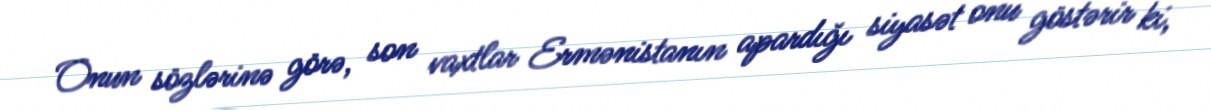
Onun sözlərinə görə, son vaxtlar Ermənistanın apardığı siyasət onu göstərir ki,